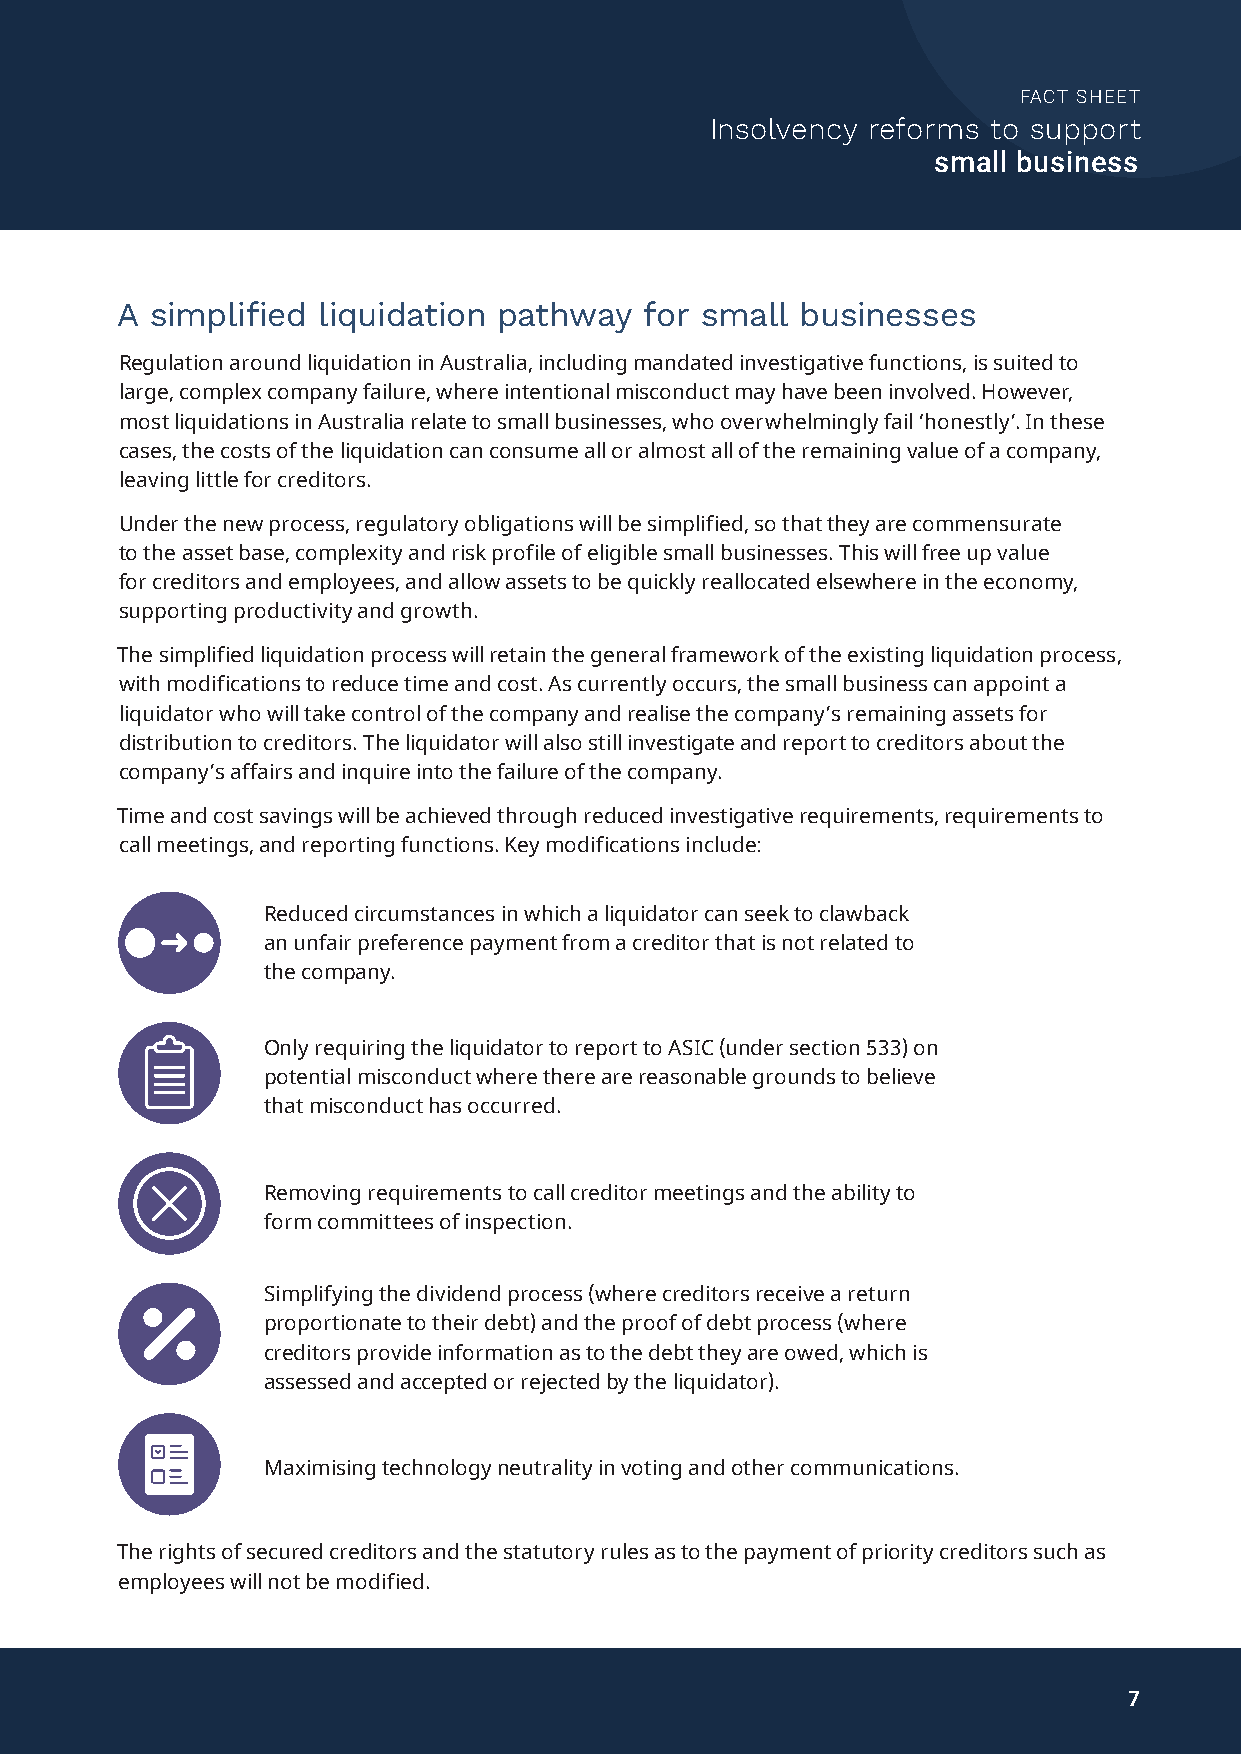
FACT SHEET
 Insolvency reforms to support
 small business
 A simplified liquidation pathway   for small businesses
 Regulation around liquidation in Australia, including mandated investigative functions, is suited to
 large, complex company failure, where intentional misconduct may have been involved. However,
 most liquidations in Australia relate to small businesses, who overwhelmingly fail ‘honestly’. In these
 cases, the costs of the liquidation can consume all or almost all of the remaining value of a company,
 leaving little for creditors.
 Under the new process, regulatory obligations will be simplified, so that they are commensurate
 to the asset base, complexity and risk profile of eligible small businesses. This will free up value
 for creditors and employees, and allow assets to be quickly reallocated elsewhere in the economy,
 supporting productivity and growth.
 The simplified liquidation process will retain the general framework of the existing liquidation process,
 with modifications to reduce time and cost. As currently occurs, the small business can appoint a
 liquidator who will take control of the company and realise the company’s remaining assets for
 distribution to creditors. The liquidator will also still investigate and report to creditors about the
 company’s affairs and inquire into the failure of the company.
 Time and cost savings will be achieved through reduced investigative requirements, requirements to
 call meetings, and reporting functions. Key modifications include:
 Reduced circumstances in which a liquidator can seek to clawback
 an unfair preference payment from a creditor that is not related to
 the company.
 Only requiring the liquidator to report to ASIC (under section 533) on
 potential misconduct where there are reasonable grounds to believe
 that misconduct has occurred.
 Removing requirements to call creditor meetings and the ability to
 form committees of inspection.
 Simplifying the dividend process (where creditors receive a return
 proportionate to their debt) and the proof of debt process (where
 creditors provide information as to the debt they are owed, which is
 assessed and accepted or rejected by the liquidator).
 Maximising technology neutrality in voting and other communications.
 The rights of secured creditors and the statutory rules as to the payment of priority creditors such as
 employees will not be modified.
 7